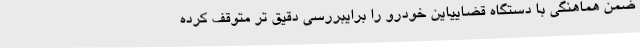
ضمن هماهنگی با دستگاه قضاییاین خودرو را برایبررسی دقیق تر متوقف کرده